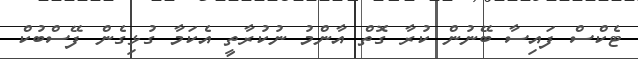
ޓެކްސް ފައިސާ ބޭނުން ކުރާ ގޮތް އާންމު ނުކުރާތީ އެކަމާ ގުޅިގެން ފޭސްބުކް